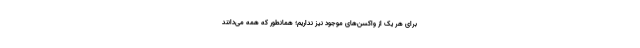
برای هر یک از واکسن‌های موجود نیز نداریم؛ همانطور که همه می‌دانند